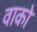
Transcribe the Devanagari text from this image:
वाको